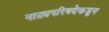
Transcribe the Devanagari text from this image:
नाट्यपरिषदेकडून